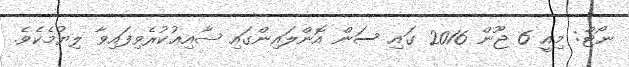
ނޯޓް: މިއީ 6 ޖޫން 2016 ގައި ސަން އޮންލައިންގައި ޝާއިޢުކުރެވިފައިވާ ލިޔުމެކެވެ.